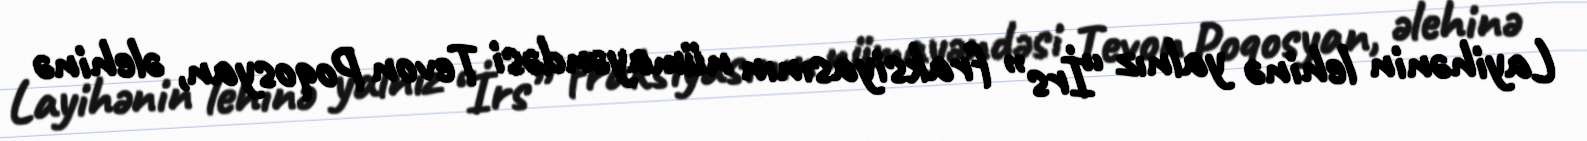
Layihənin lehinə yalnız “İrs” fraksiyasının nümayəndəsi Tevon Poqosyan, əlehinə